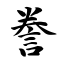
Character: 誊